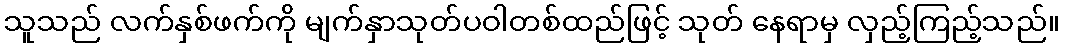
သူသည် လက်နှစ်ဖက်ကို မျက်နှာသုတ်ပဝါတစ်ထည်ဖြင့် သုတ် နေရာမှ လှည့်ကြည့်သည်။